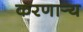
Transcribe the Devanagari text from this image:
करणार्‍य